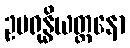
ဥပရုန္ဓိယတ္တနော